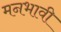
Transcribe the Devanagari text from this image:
मनभावी